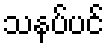
သနပ်ပင်